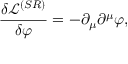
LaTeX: \frac { \delta \mathcal { L } ^ { ( S R ) } } { \delta \varphi } = - \partial _ { \mu } \partial ^ { \mu } \varphi ,